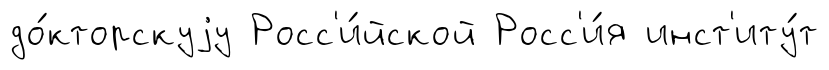
до́кторскуjу Росс'и́йской Росс'и́я инст'иту́т